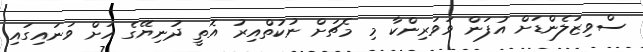
ސްވިޒަލެންޑަށް އުފަން ވަވަރިންކާ މި މެޗަށް ނުކުތްއިރު އޮތީ ދުނިޔޭގެ އަށް ވަނައިގައި.